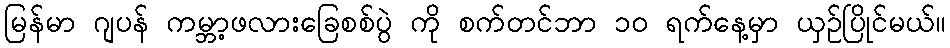
မြန်မာ ဂျပန် ကမ္ဘာ့ဖလားခြေစစ်ပွဲ ကို စက်တင်ဘာ ၁၀ ရက်နေ့မှာ ယှဉ်ပြိုင်မယ်။